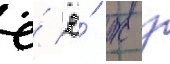
ё́ ё́ ж з